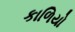
કાળિયો